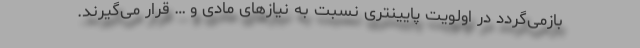
بازمی‌گردد در اولویت‌ پایینتری نسبت به نیازهای مادی و … قرار می‌گیرند.